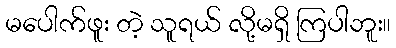
မပေါက်ဖူး တဲ့ သူရယ် လို့မရှိ ကြပါဘူး။